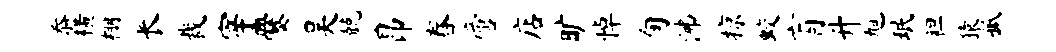
忝横棚长裁宰爨吴兢昂舂啻店旷悼旬沸掠蛟肓升旭珉袒猿孤